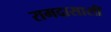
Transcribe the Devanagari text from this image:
रामदासासी